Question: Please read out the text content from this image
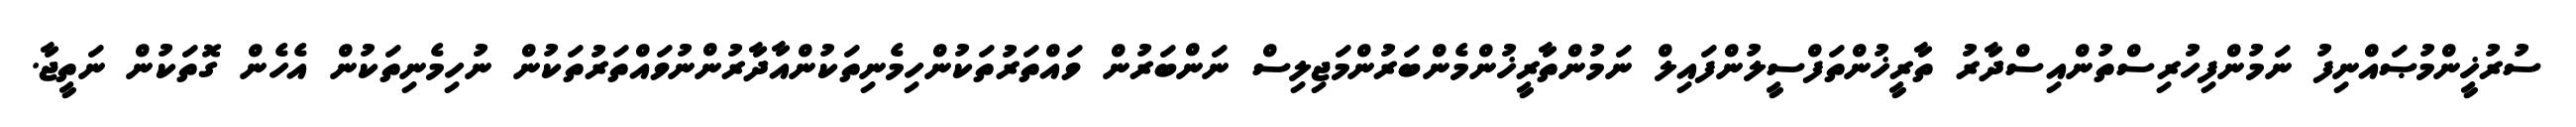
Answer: ސުރުޚީންމުޞައްނިފު ނަމުންފިހުރިސްތުންއިސްދާރު ތާރީޚުންތަފްސީލުންފައިލް ނަމުންތާރީޚުންމެންބަރުންމަޖިލިސް ނަންބަރުން ވައްތަރުތަކުންހިމެނިތަކުންއާދާރުންނުވައްތަރުތަކުން ނުހިމެނިތަކުން އެހެން ގޮތަކުން ނަތީޖާ.